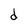
Character: d